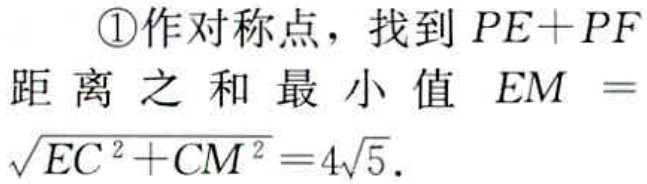
\textcircled{1}作对称点，找到 \(PE + PF\) 距离之和最小值 \(EM=\sqrt{EC^{2}+CM^{2}} = 4\sqrt{5}\).